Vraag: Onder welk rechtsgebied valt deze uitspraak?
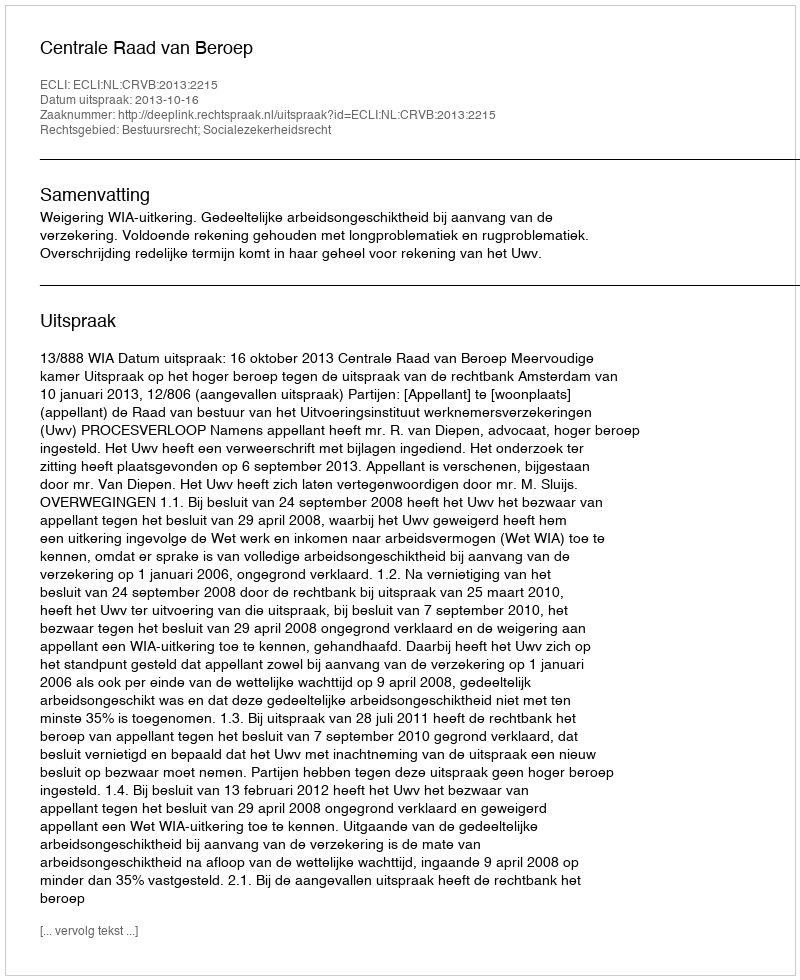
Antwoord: Bestuursrecht; Socialezekerheidsrecht